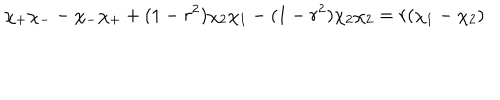
LaTeX: \chi _ { + } \chi _ { - } - \chi _ { - } \chi _ { + } + ( 1 - r ^ { 2 } ) \chi _ { 2 } \chi _ { 1 } - ( 1 - r ^ { 2 } ) \chi _ { 2 } \chi _ { 2 } = r ( \chi _ { 1 } - \chi _ { 2 } )